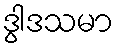
ဒွါဒသမာ